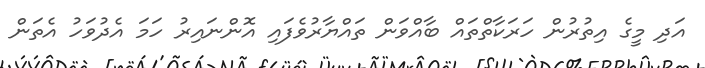
އަދި މީގެ އިތުރުން ހަރަކާތްތައް ބާއްވަން ތައްޔާރުވެފައި އޮންނައިރު ހަމަ އެދުވަހު އެތަން